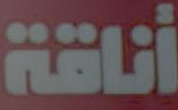
أناقة